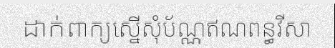
ដាក់ពាក្យស្នើសុំប័ណ្ណឥណពន្ធវីសា